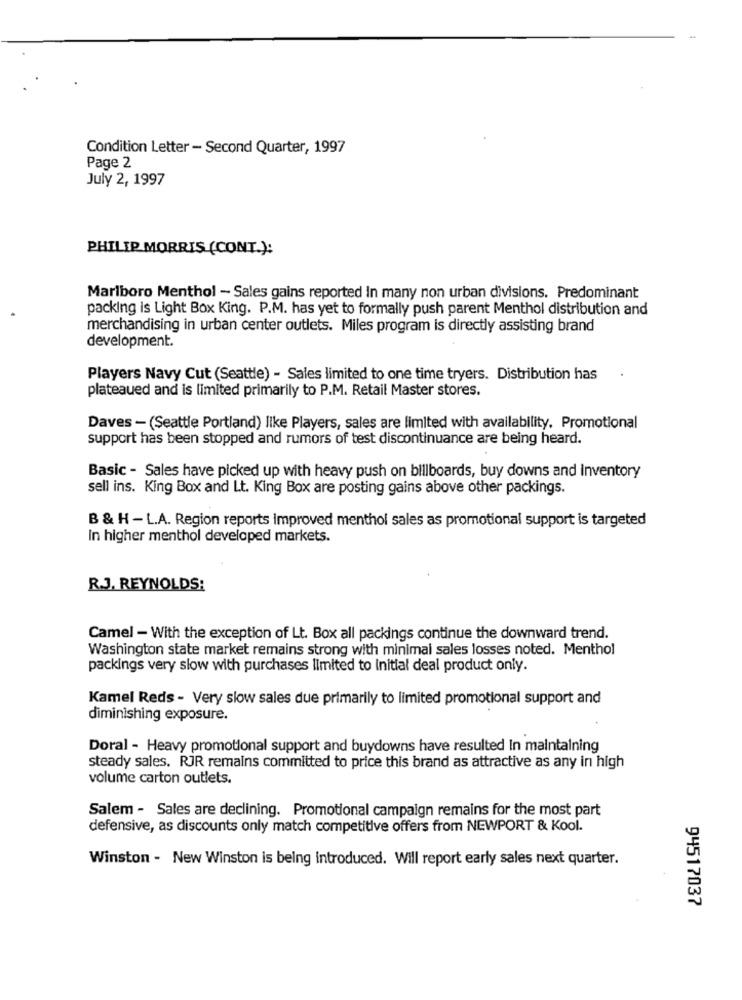
Condition Letter - Second Quarter, 1997
Page 2
July 2, 1997
PHILIP MORRIS (CONT.):
Marlboro Menthol - Sales gains reported In many non urban divisions. Predominant
packing is Light Box King. P.M. has yet to formally push parent Menthol distribution and
merchandising in urban center outlets. Miles program is directly assisting brand
development.
Players Navy Cut (Seattle) - Sales limited to one time tryers. Distribution has
plateaued and is limited primarily to P.M. Retail Master stores.
Daves - (Seattle Portland) like Players, sales are limited with availability, Promotional
support has been stopped and rumors of test discontinuance are being heard.
Basic - Sales have picked up with heavy push on billboards, buy downs and inventory
sell ins. King Box and Lt. King Box are posting gains above other packings.
B & H - L.A. Region reports Improved menthol sales as promotional support is targeted
In higher menthol developed markets.
R.J. REYNOLDS:
Camel - With the exception of Lt. Box all packings continue the downward trend.
Washington state market remains strong with minimal sales losses noted. Menthol
packings very slow with purchases limited to initial deal product only.
Kamel Reds - Very slow sales due primarily to limited promotional support and
diminishing exposure.
Doral - Heavy promotional support and buydowns have resulted In maintaining
steady sales. RJR remains committed to price this brand as attractive as any in high
volume carton outlets.
Salem - Sales are declining. Promotional campaign remains for the most part
defensive, as discounts only match competitive offers from NEWPORT & Kool.
Winston - New Winston is being introduced. Will report early sales next quarter.
94517037